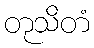
တုသိတံ